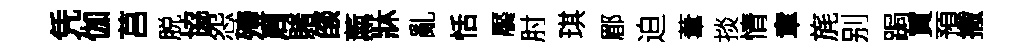
凭伽莒脱協怨殪周賭燄薰牀亂恬饜肘琪郿迫葦掞情章旄别跼買預撒